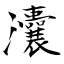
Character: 灢